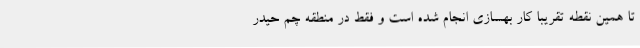
تا همین نقطه تقریباً کار بهسازی انجام شده است و فقط در منطقه چم حیدر